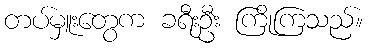
တပ်မှူးတွေက ခရီးဦး ကြိုကြသည်။